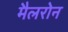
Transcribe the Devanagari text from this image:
मैलरोन